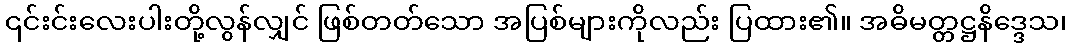
၎င်းင်းလေးပါးတို့လွန်လျှင် ဖြစ်တတ်သော အပြစ်များကိုလည်း ပြထား၏။ အဓိမတ္တဋ္ဌနိဒ္ဒေသ၊